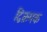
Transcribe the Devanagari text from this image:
द्विक्रमक